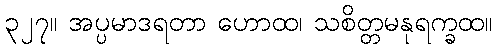
၃၂၇။ အပ္ပမာဒရတာ ဟောထ၊ သစိတ္တမနုရက္ခထ။